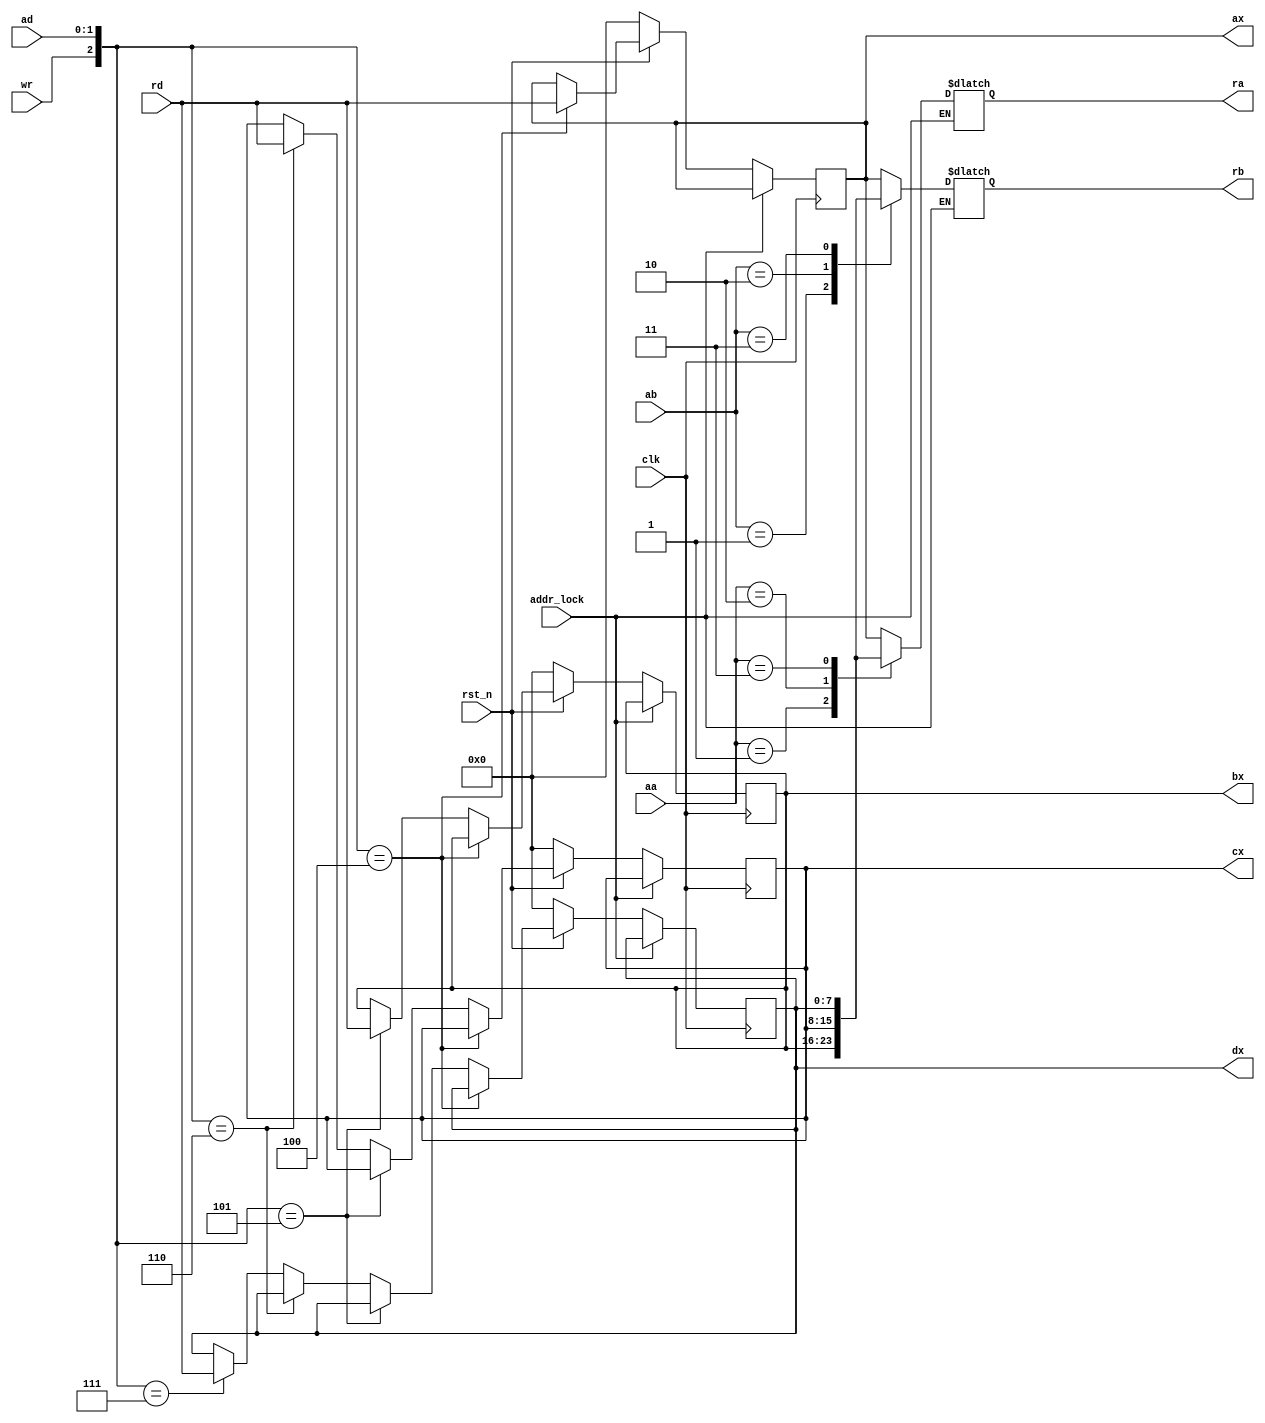
`timescale 1ns / 1ps
//////////////////////////////////////////////////////////////////////////////////
// Company: 
// Engineer: 
// 
// Design Name: 
// Module Name:    RegFile 
// Project Name: 
// Target Devices: 
// Tool versions: 
// Description: 
//
// Dependencies: 
//
// Revision: 
// Revision 0.01 - File Created
// Additional Comments: 
//
//////////////////////////////////////////////////////////////////////////////////
module RegFile(
	ax, bx, cx, dx,
	ra, rb, 
	wr, rd, 
	addr_lock,
	aa, ab, ad, clk, rst_n
	);

	output reg [7:0] ra;
	output reg [7:0] rb;
	input wr, rst_n, clk;
	input [7:0] rd;
	input [1:0] aa;
	input [1:0] ab;
	input [1:0] ad;

	input addr_lock;
	//reg [7:0] ax, bx, cx, dx;
	output reg [7:0] ax, bx, cx, dx;

	always @ (*) begin
		if(!addr_lock)
			case (aa)
				2'b00: ra <= ax;
				2'b01: ra <= bx;
				2'b10: ra <= cx;
				2'b11: ra <= dx;
				default: ra <= 8'b0;
			endcase
	end

	always @ (*) begin
		if(!addr_lock)
		case (ab)
			2'b00: rb <= ax;
			2'b01: rb <= bx;
			2'b10: rb <= cx;
			2'b11: rb <= dx;
			default: rb <= 8'b0;
		endcase
	end

	always @(negedge clk) begin
		if(!addr_lock) begin
			if(!rst_n) begin
				ax <= 8'd0;
				bx <= 8'd0;
				cx <= 8'd0;
				dx <= 8'd0;
			end
			else if({wr, ad} == 3'b100)
				ax <= rd;
			else if({wr, ad} == 3'b101)
				bx <= rd;
			else if({wr, ad} == 3'b110)
				cx <= rd;
			else if({wr, ad} == 3'b111)
				dx <= rd;
		end
	end
endmodule